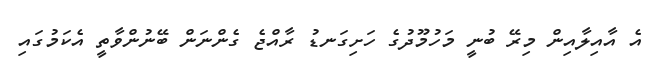
އެ އާއިލާއިން މިރޭ ބުނީ މަހުމޫދުގެ ހަށިގަނޑު ރާއްޖެ ގެންނަން ބޭނުންވާތީ އެކަމުގައި